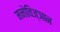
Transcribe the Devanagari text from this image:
मनोविज्ञान